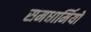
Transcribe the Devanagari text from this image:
समधार्मियों